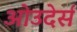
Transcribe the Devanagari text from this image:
ओउदेर्स